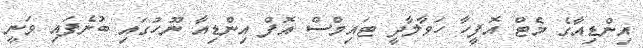
އިންޑިއާގެ މެޓް އޮފީހާ ހަވާލާދީ ޓައިމްސް އޮފް އިންޑިއާ ނޫހުގައި ބުނެފައި ވަނީ